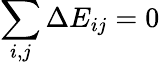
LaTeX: \sum_{i,j}\Delta E_{ij}=0